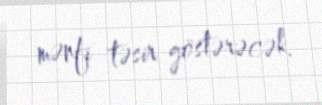
mənfi təsir göstərəcək.